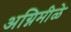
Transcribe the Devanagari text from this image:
अग्निमीळे